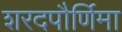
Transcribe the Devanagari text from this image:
शरदपौर्णिमा